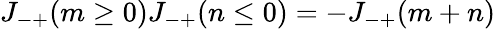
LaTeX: J_{-+}(m\ge 0)J_{-+}(n\le 0)=-J_{-+}(m+n)